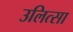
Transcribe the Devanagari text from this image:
उलित्सा